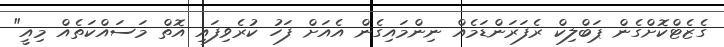
ގެޒެޓްކޮށްގެން ޕަބްލިކް ރެފަރަންޑަމެއް ނިންމައިގެން އެއަށް ފަހު ކުރެވިފައި އޮތް މަސައްކަތެއް މިއީ"